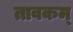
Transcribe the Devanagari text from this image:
तावकम्